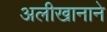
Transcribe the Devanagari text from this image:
अलीखानाने